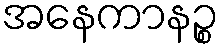
အနေကာနဉ္စ